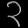
Digit: ၃